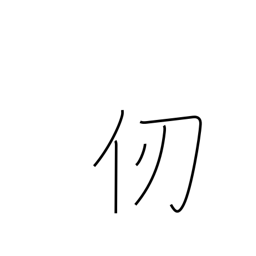
Meaning: fathom